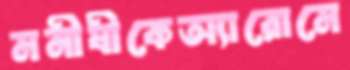
মনীষীকেঅ্যারোমে